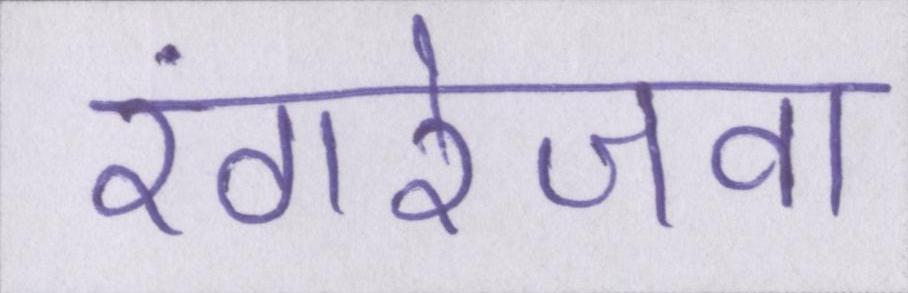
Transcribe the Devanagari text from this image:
रंगरेजवा